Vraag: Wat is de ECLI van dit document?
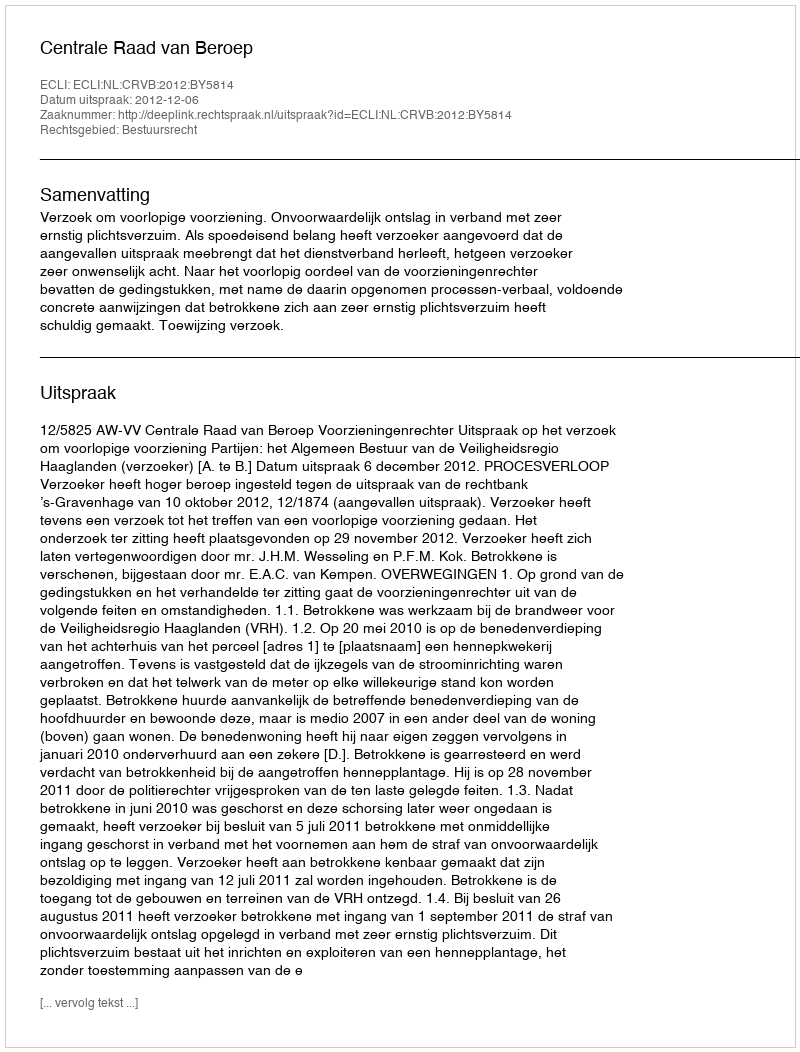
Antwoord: ECLI:NL:CRVB:2012:BY5814